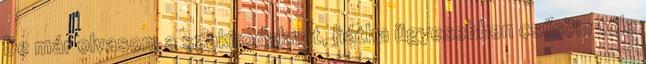
De már olvasom a szakirodalmat, hátha ügyesebben csűröm tőle